Sanitation, dispensaries and jails vaccination Rajputana 1922-1927 - 1922-1927
Year: 1922
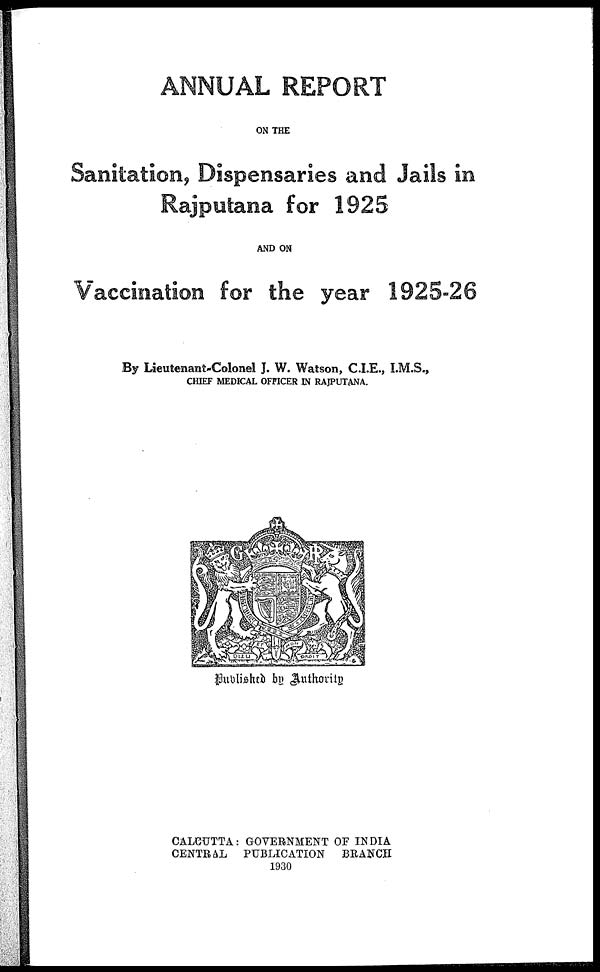
ANNUAL REPORT
ON THE
Sanitation, Dispensaries and Jails in
Rajputana for 1925
AND ON
Vaccination for the year 1925-26
By Lieutenant-Colonel J. W. Watson, C.I.E., I.M.S.,
CHIEF MEDICAL OFFICER IN RAJPUTANA.
Published by Authority
CALCUTTA: GOVERNMENT OF INDIA
CENTRAL
PUBLICATION
BRANCH
1930